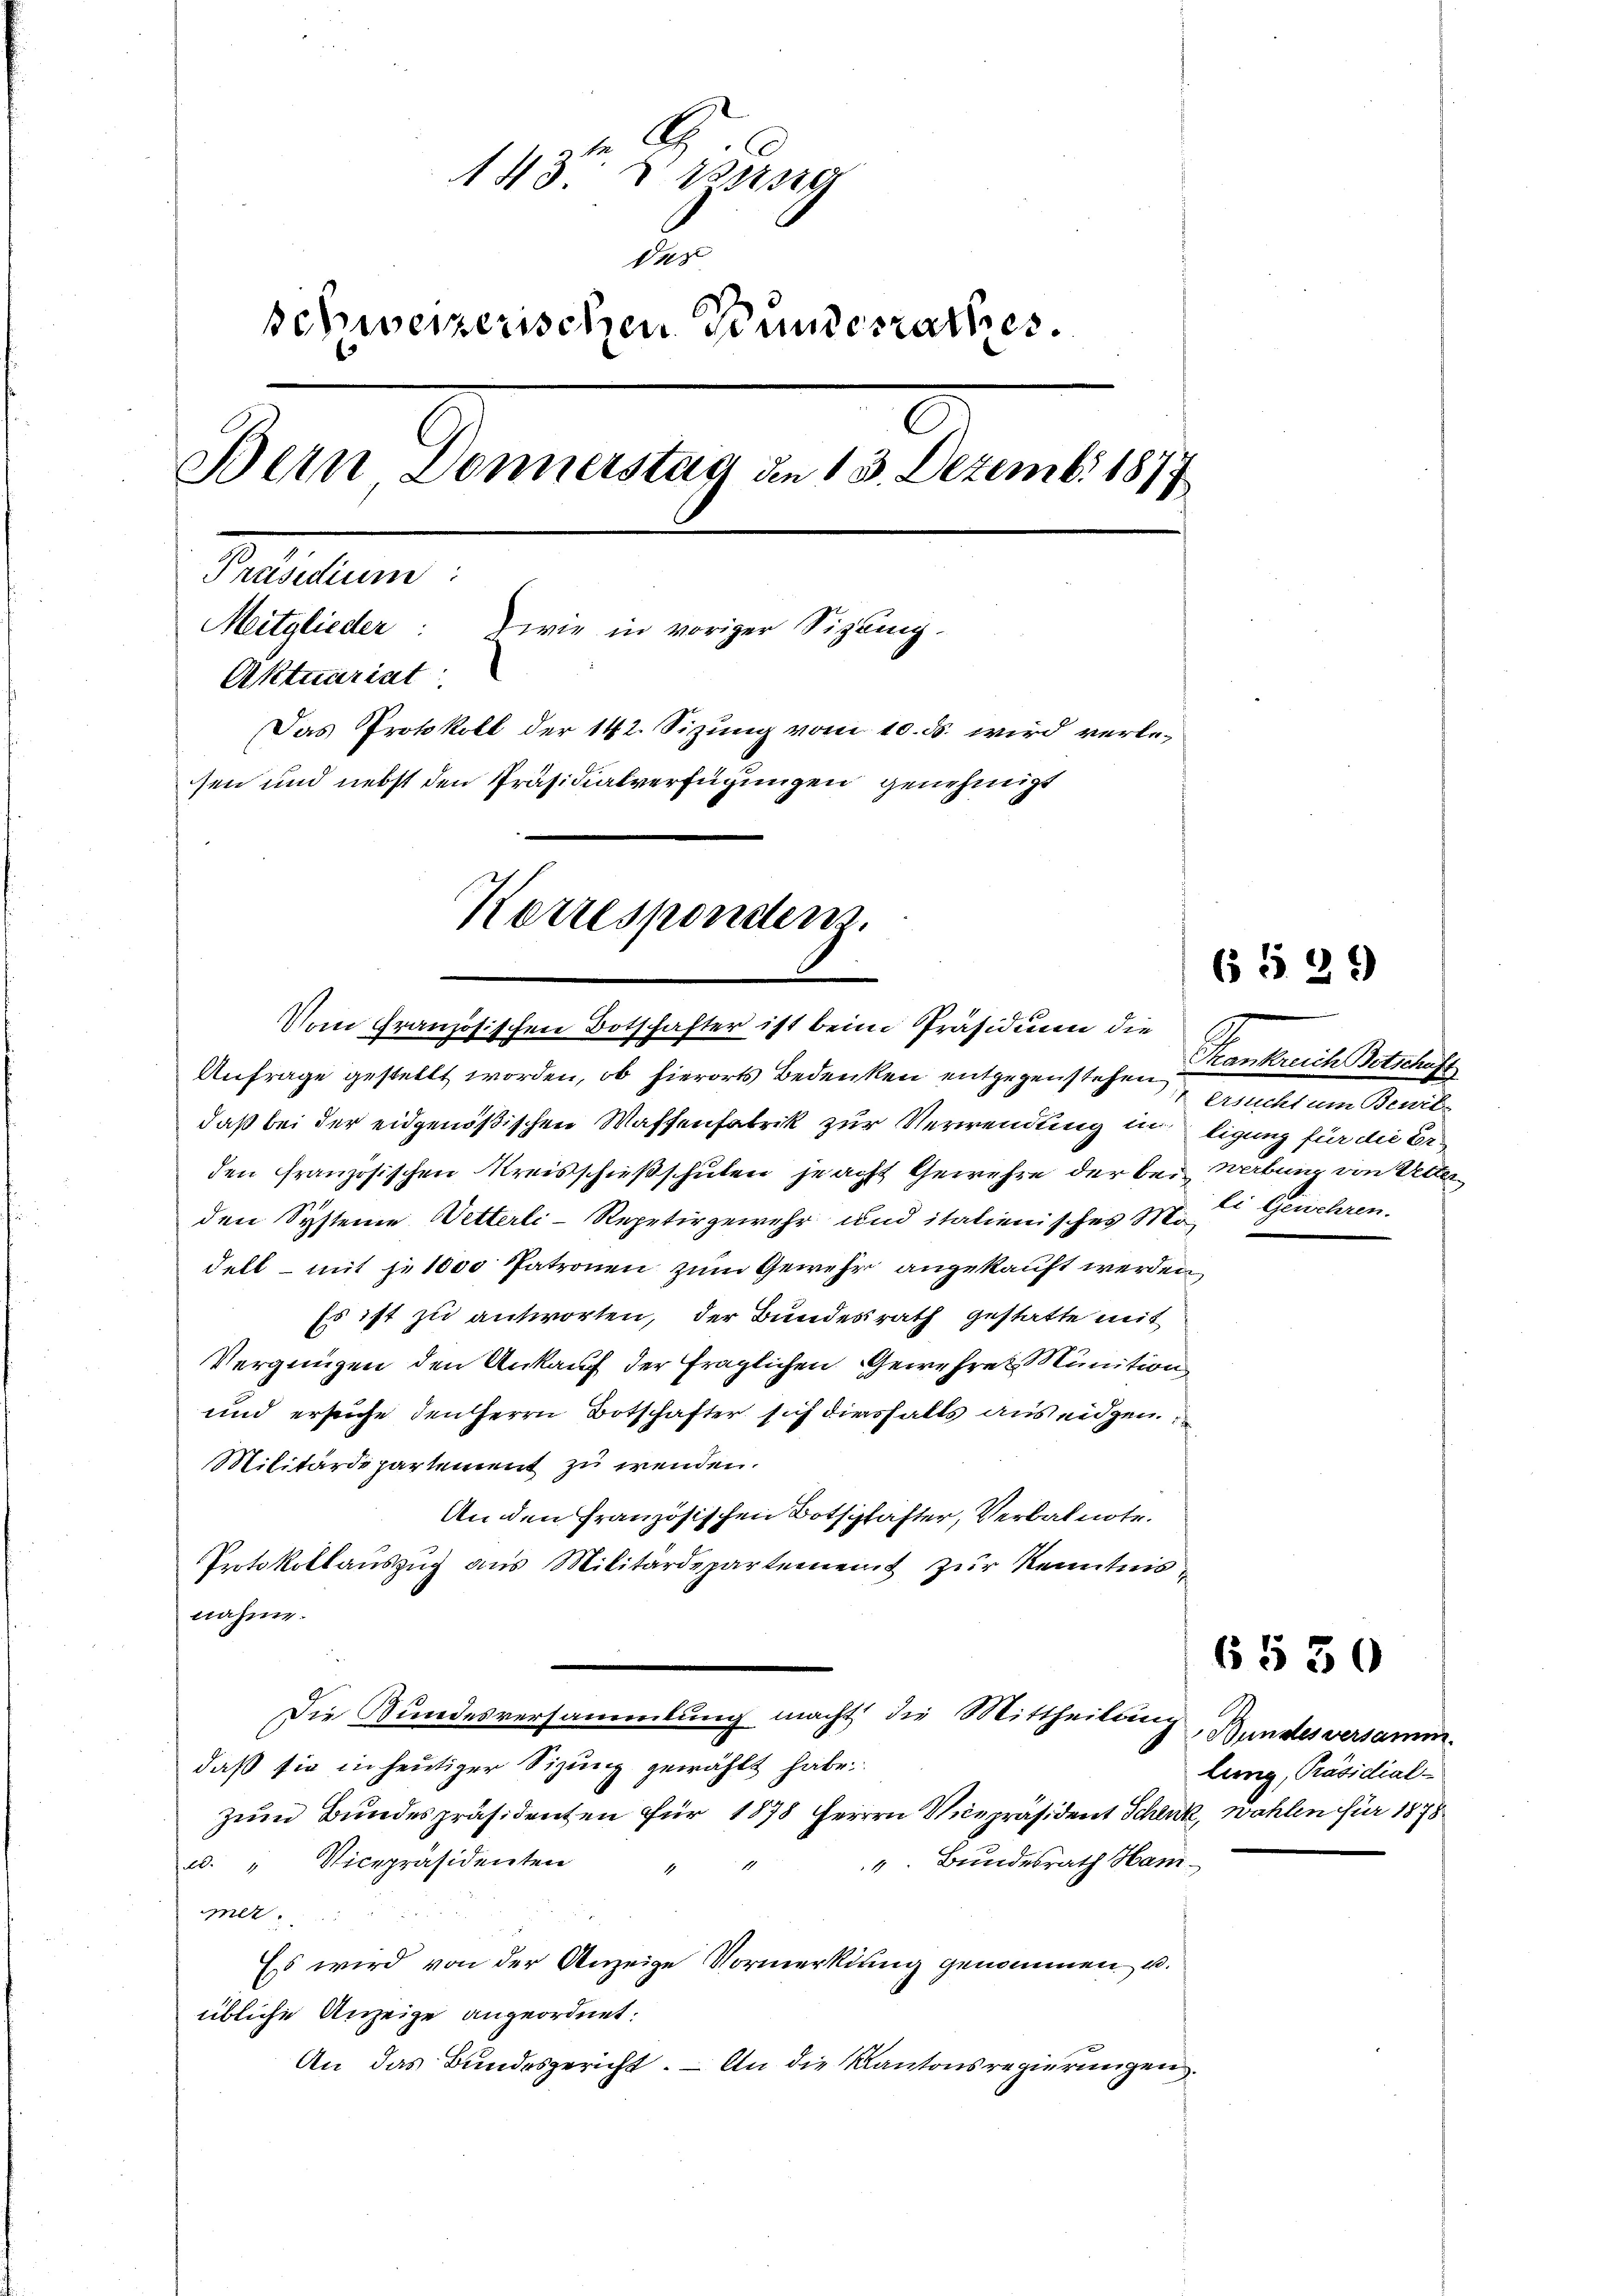
143 n 15 g
un
schweizerischen Bundesrathes.
Bern Donnerstag den 13. Dezemb. 1877
Petituen
Mitglieder: wie in voriger Sizang-
Aktuariat
Das Protokoll der 142. Sizung vom 10. ds. wird verlesen und nebst den Präsidialverfügungen genehmigt

Korresponden.
Vom Französischen Botschafter ist beim Präsidium die

Anfrage gestellt worden, ob hierorts Bedenken entgegenstehen
daß bei der eidgenößischen Waffenfabrik zur Verwendung in ligung für die Erden französischen Kreisschießschulen jeacht Gewehre der bei Werbung von Vetterden Systeme Wetterli-Repetirgewehr und italienisches Modell – mit je 1000 Patronen zum Gewehr angekauft werden,
Es ist zu antworten, der Bundesrath gestatte mit
Vergnügen den Ankauf der fraglichen Gewehrer Munition
und ersuche den Herrn Botschafter sich diesfalls aus eidgen.
Militärdepartement zu wenden.
An den französischen Botschafter, Verbalnote.
Protokollauszug aus Militärdepartement zur Kenntnis
nahme.
Die Kundesversammlung macht die Mittheilung, Bundesversammdaß sie in heutiger Sitzung gewählt habe.
zeim Bundespräsidenten für 1878 Herrn Vicepräsident Schenk, wahlen für 1878
. " Vicepräsidenten " " " Bŭndesrath Ham-
mer.
Es wird von der Anzeige Vormerkung genommen u.
übliche Anzeige angeordnet.
An das Bundesgericht. — An die Kantonsregierungen.

6 § 21

Krankreich Botschaft
Anmeldet ein eine
li Gewehren.

6530

lug, Präsidial-